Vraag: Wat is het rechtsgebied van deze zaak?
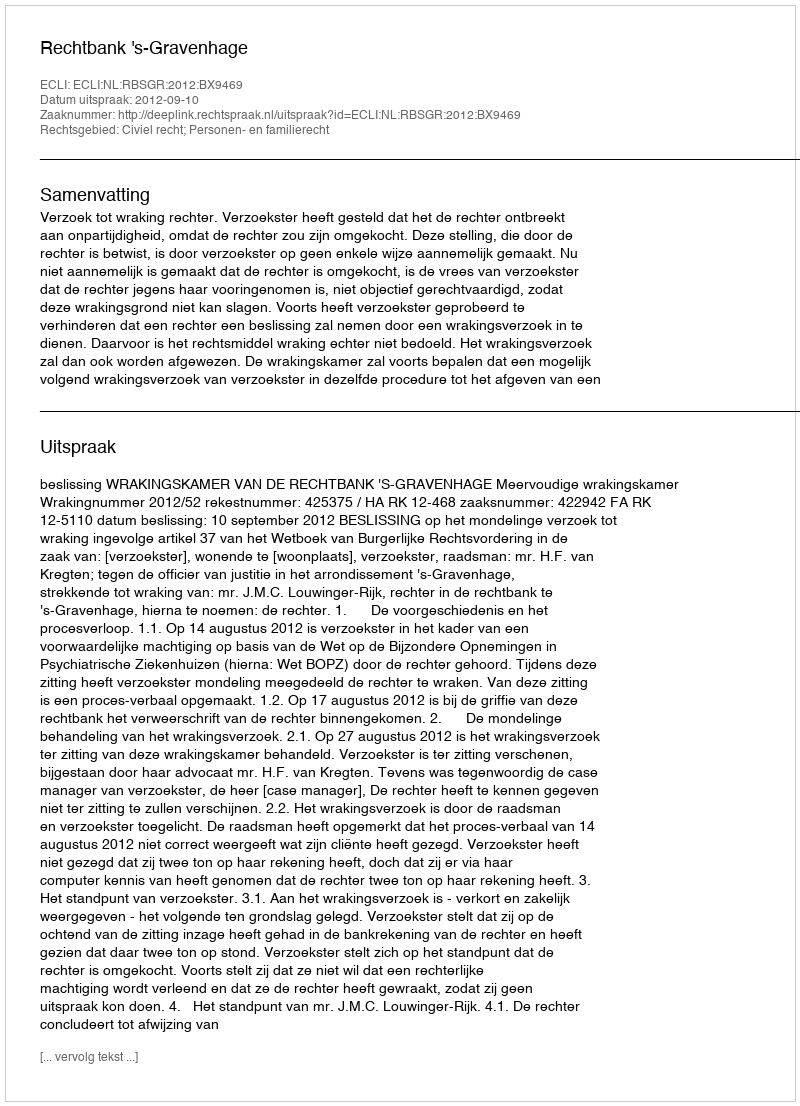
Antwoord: Civiel recht; Personen- en familierecht